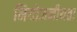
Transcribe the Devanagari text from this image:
नियोजनीयता